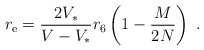
\begin{align*}r_{\rm e} = {2V_*\over {V} - V_* } r_6 \left( 1 - {M \over 2N} \right) \ .\end{align*}